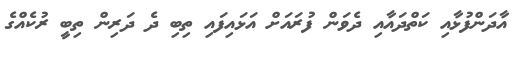
އާދަންފުޅާއި ކަތްދައާއި ދެވަން ފުރައަށް އަޅައިފައި ތިބި ދެ ދަރިން ތިބީ ރުކެއްގެ